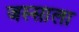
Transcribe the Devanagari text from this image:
जस्साला